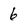
Character: 6